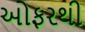
ઓફરથી